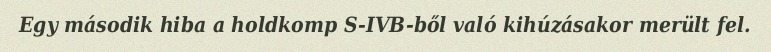
Egy második hiba a holdkomp S-IVB-ből való kihúzásakor merült fel.